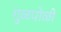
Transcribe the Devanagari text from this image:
गु़ळपोळी